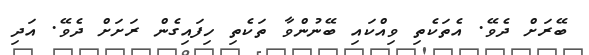
ބޭރަށް ދެވޭ. އެތަކެތި ވިއްކައި ބޭނުންވާ ތަކެތި ހިފައިގެން ރަށަށް ދެވޭ. އަދި